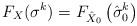
LaTeX: \begin{align*}F_X(\sigma^k) = F_{\hat{X}_0}\left(\hat{\sigma}_0^k\right) \end{align*}